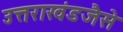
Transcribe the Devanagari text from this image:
उत्तराखंडजैसे